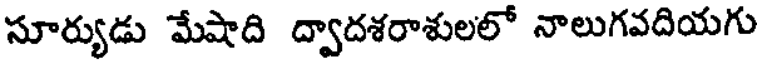
సూర్యుడు మేషాది ద్వాదశరాశులలో నాలుగవదియగు